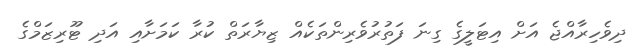
ދިވެހިރާއްޖެ އަށް އިޓަލީގެ ގިނަ ފަތުރުވެރިންތަކެއް ޒިޔާރަތް ކުރާ ކަމަށާއި އަދި ޓޫރިޒަމްގެ